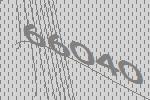
66040